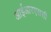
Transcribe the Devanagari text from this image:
आईआरएससी